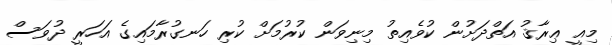
މިއީ ޢިރާޤު އަތްދަށުން ކުވެއިތު މިނިވަން ކުރުމަށް ކުރި ހަނގުރާމައިގެ އަހަރީ ދުވަސް